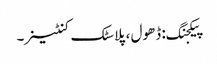
پیکجنگ: ڈھول ، پلاسٹک کنٹینر۔